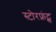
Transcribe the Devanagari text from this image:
स्टोरफ्रंट्स